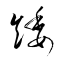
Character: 矮